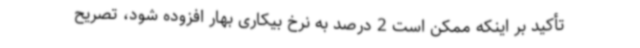
تأکید بر اینکه ممکن است 2 درصد به نرخ بیکاری بهار افزوده شود، تصریح